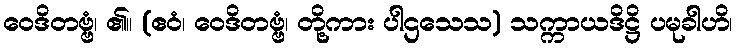
ဝေဒိတဗ္ဗံ၊ ၏။ (ဧဝံ၊ ဝေဒိတဗ္ဗံ၊ တို့ကား ပါဌသေသ) သက္ကာယဒိဋ္ဌိ ပမုခါဟိ၊